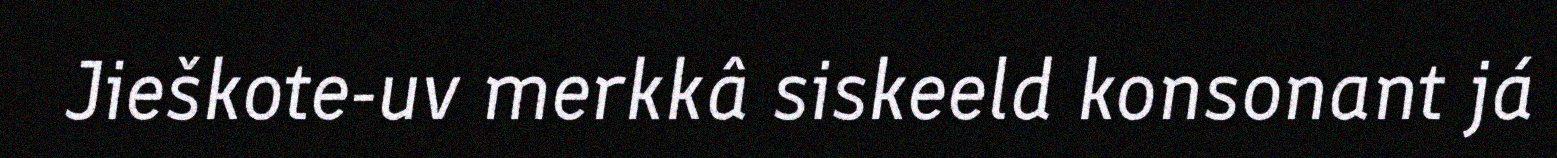
Jieškote-uv merkkâ siskeeld konsonant já